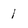
Character: 1